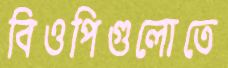
বিওপিগুলোতে